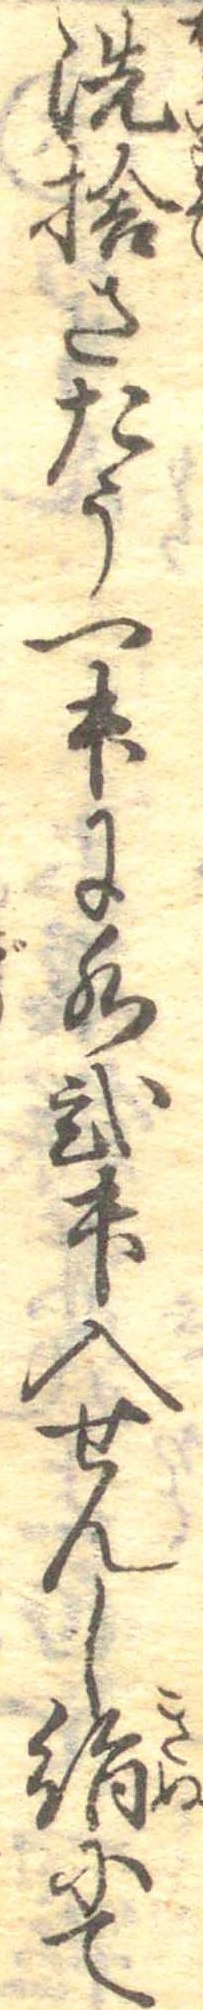
洗捨さたう一升に水弐升入せんし絹にて